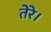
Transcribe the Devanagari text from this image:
तेरे।